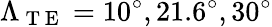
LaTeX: \Lambda_{\mathrm{~T~E~}}=10^{\circ},21.6^{\circ},30^{\circ}